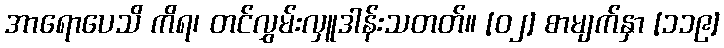
အာရောပေသိ ကိရ၊ တင်လွှမ်းလှူဒါန်းသတတ်။ [၀၂] စာမျက်နှာ [၁၁၉]